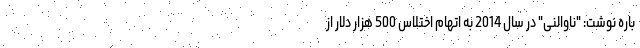
باره نوشت: "ناوالنی" در سال 2014 به اتهام اختلاس 500 هزار دلار از